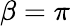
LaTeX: \beta=\pi